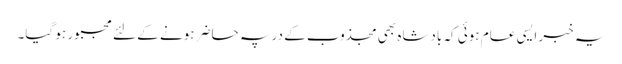
یہ خبر ایسی عام ہوئی کہ بادشاہ بھی مجذوب کے در پہ حاضر ہونے کے لئے مجبور ہو گیا۔